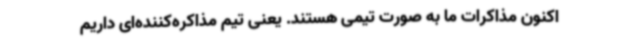
اکنون مذاکرات ما به صورت تیمی هستند. یعنی تیم مذاکره‌کننده‌ای داریم